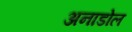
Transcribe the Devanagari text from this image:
अनाडोल